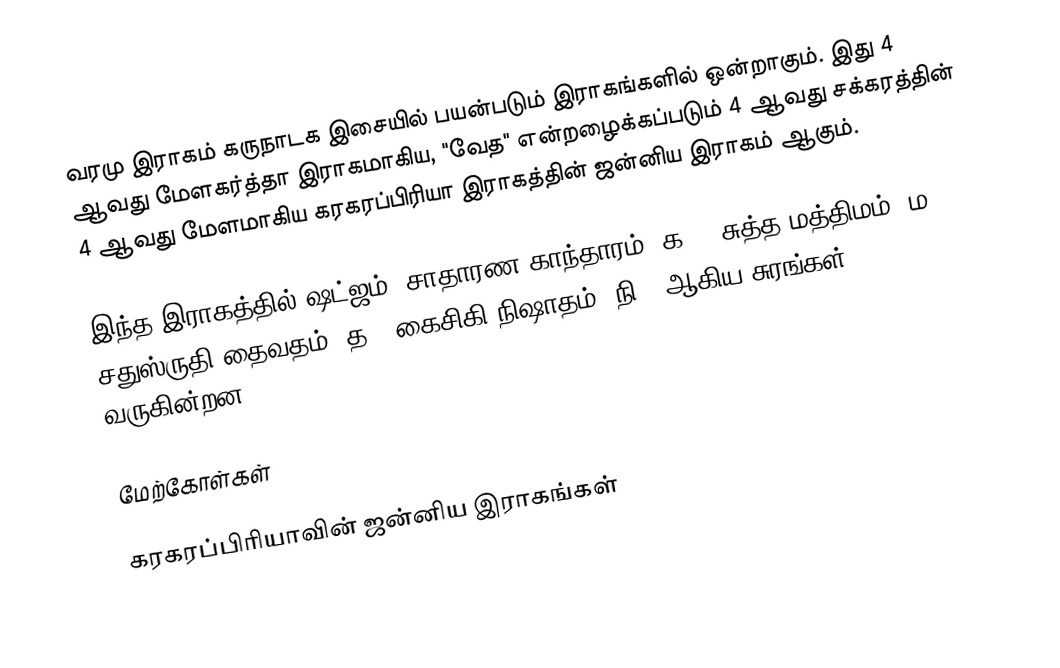
வரமு இராகம் கருநாடக இசையில் பயன்படும் இராகங்களில் ஒன்றாகும். இது 4 ஆவது மேளகர்த்தா இராகமாகிய, "வேத" என்றழைக்கப்படும் 4 ஆவது சக்கரத்தின் 4 ஆவது மேளமாகிய கரகரப்பிரியா இராகத்தின் ஜன்னிய இராகம் ஆகும்.

இந்த இராகத்தில் ஷட்ஜம், சாதாரண காந்தாரம் (க2), சுத்த மத்திமம் (ம1), சதுஸ்ருதி தைவதம் (த2) கைசிகி நிஷாதம் (நி2) ஆகிய சுரங்கள் வருகின்றன.

மேற்கோள்கள்

கரகரப்பிரியாவின் ஜன்னிய இராகங்கள்